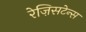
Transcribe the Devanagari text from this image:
रेज़िसटेन्स